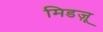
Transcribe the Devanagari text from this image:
मिडज़ू